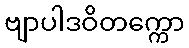
ဗျာပါဒဝိတက္ကော